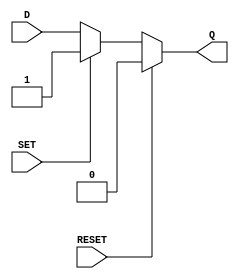
module async_register (
    input wire D,        // Data input
    input wire SET,      // Asynchronous set control signal
    input wire RESET,    // Asynchronous reset control signal
    output reg Q         // Output
);

// Always block to handle asynchronous behavior
always @(*) begin
    if (RESET) begin
        Q = 1'b0;        // If RESET is asserted, set Q to 0
    end else if (SET) begin
        Q = 1'b1;        // If SET is asserted, set Q to 1
    end else begin
        Q = D;           // If neither SET nor RESET is asserted, update Q with D
    end
end

endmodule